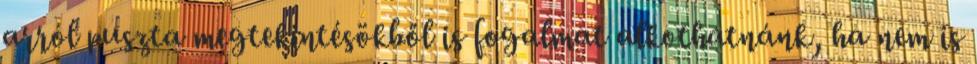
arról puszta megtekintésökből is fogalmat alkothatnánk, ha nem is